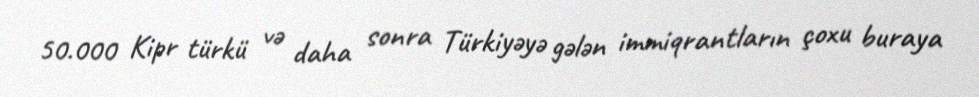
50.000 Kipr türkü və daha sonra Türkiyəyə gələn immiqrantların çoxu buraya